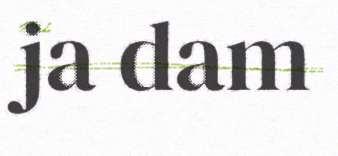
ja dam